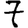
Digit: 7